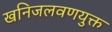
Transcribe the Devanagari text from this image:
खनिजलवणयुक्त